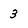
Character: 3